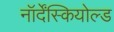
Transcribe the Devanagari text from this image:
नॉर्देंस्कियोल्ड